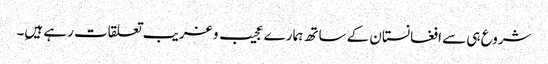
شروع ہی سے افغانستان کے ساتھ ہمارے عجیب و غریب تعلقات رہے ہیںِ۔